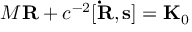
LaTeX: M { \bf R } + c ^ { - 2 } [ { \bf \dot { R } } , { \bf s } ] = { \bf K } _ { 0 }